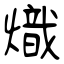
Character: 熾